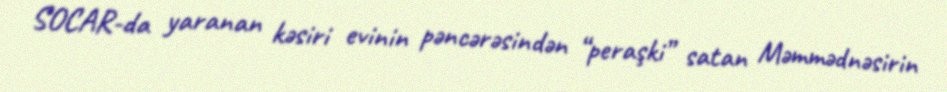
SOCAR-da yaranan kəsiri evinin pəncərəsindən “peraşki” satan Məmmədnəsirin